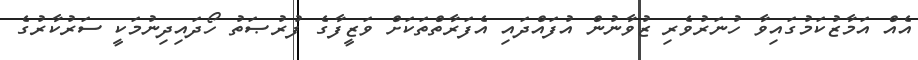
އެއް އަމާޒުކަމުގައިވާ ހުނަރުވެރި ޒުވާނުން އުފައްދައި އެފަރާތްތަކަށް ވަޒީފާގެ ފުރުޞަތު ހޯދައިދިނުމަކީ ސަރުކާރުގެ